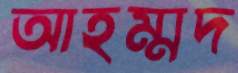
আহম্মদ